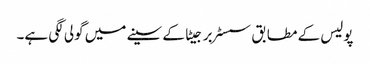
پولیس کے مطابق سسٹر برجیٹا کے سینے میں گولی لگی ہے۔